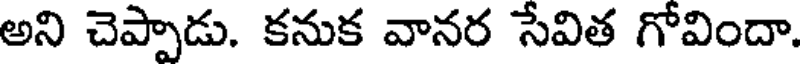
అని చెప్పాడు. కనుక వానర సేవిత గోవిందా.